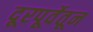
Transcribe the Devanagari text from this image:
दूरपूर्वेतून